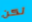
لكن